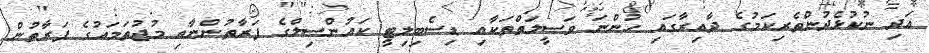
އަދި ނުކުޅެދުންތެރިކަމުގެ ދާއިރާގައި ހުންނަ ވަސީލަތްތަކާއި ޑިސެބިލިޓީ ކައުންސިލްގެ ފަރާތުންނާއި މުޖުތަމައުގެ ފަރާތުން